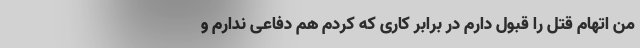
من اتهام قتل را قبول دارم در برابر کاری که کردم هم دفاعی ندارم و